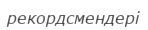
рекордсмендері